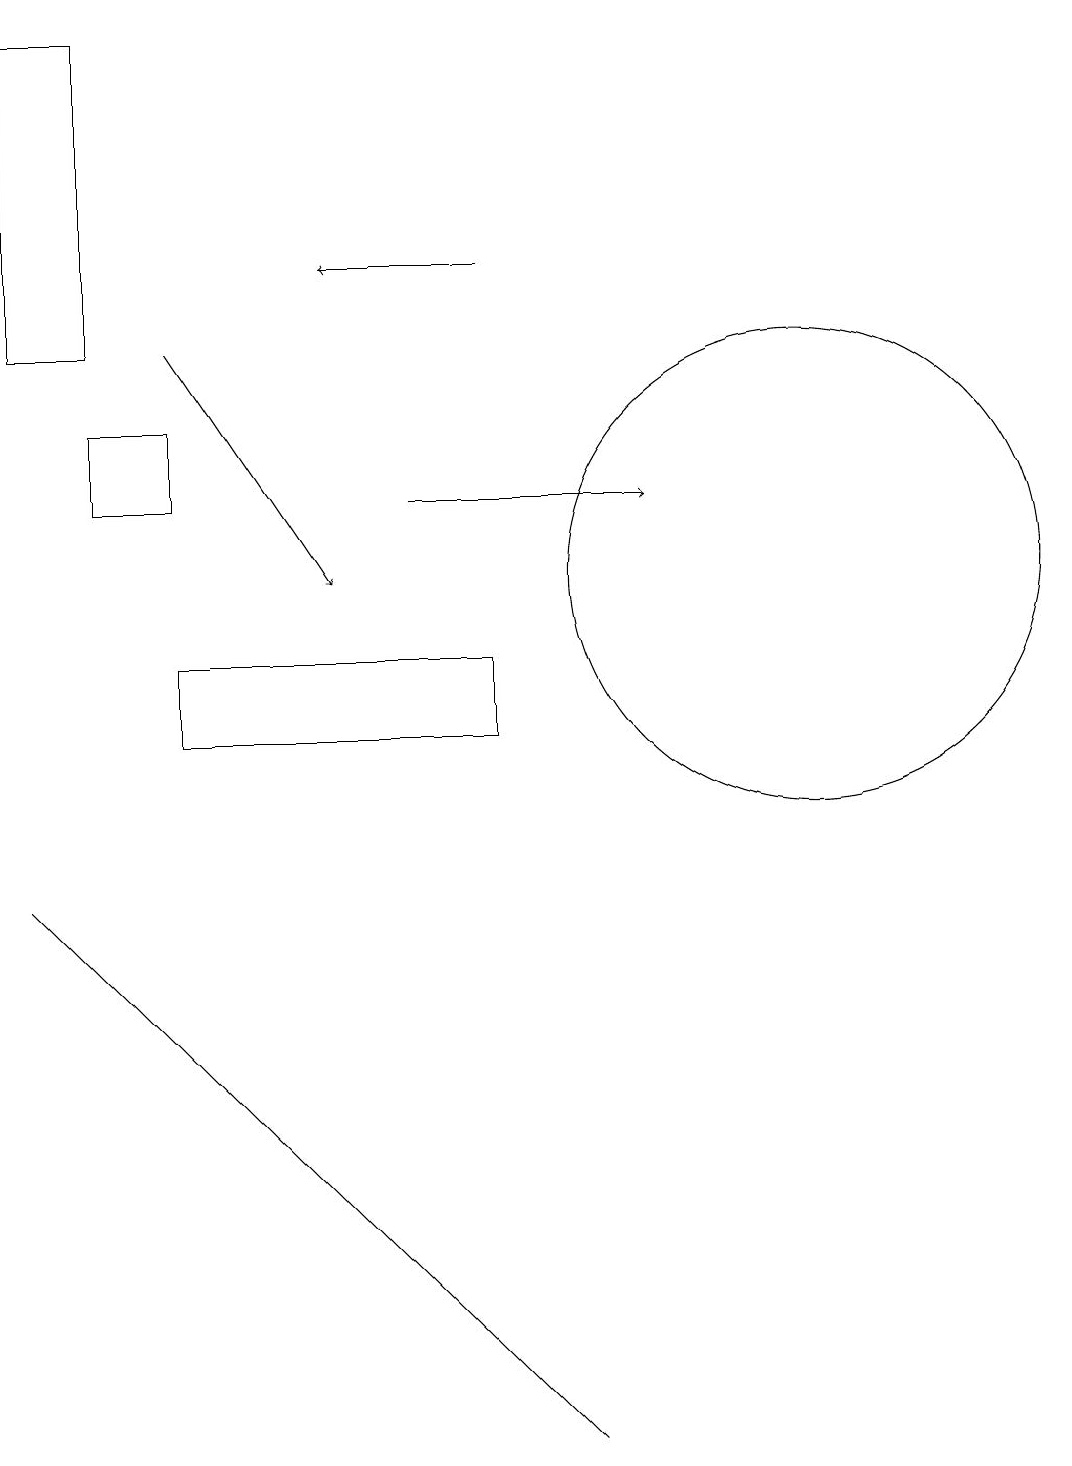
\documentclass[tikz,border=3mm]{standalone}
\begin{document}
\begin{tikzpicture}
\draw (2,14) rectangle (3,13);
\draw[->] (3,15) -- (5,12);
\draw (2,15) rectangle (1,19);
\draw (11,12) circle (3);
\draw[->] (6,13) -- (9,13);
\draw (7,11) rectangle (3,10);
\draw[->] (7,16) -- (5,16);
\draw (4,5) -- (8,1) -- (1,8) -- cycle;
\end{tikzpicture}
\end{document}